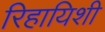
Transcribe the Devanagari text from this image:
रिहायिशी